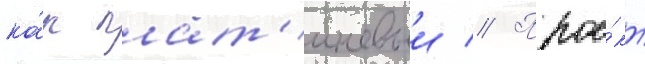
ка́к плат'иновыи // Прое́кт